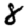
Digit: 8